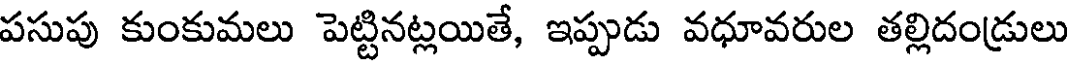
పసుపు కుంకుమలు పెట్టినట్లయితే, ఇప్పుడు వధూవరుల తల్లిదండ్రులు